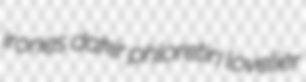
irones dakir phloretin lovelier